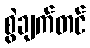
စွဲချက်တင်